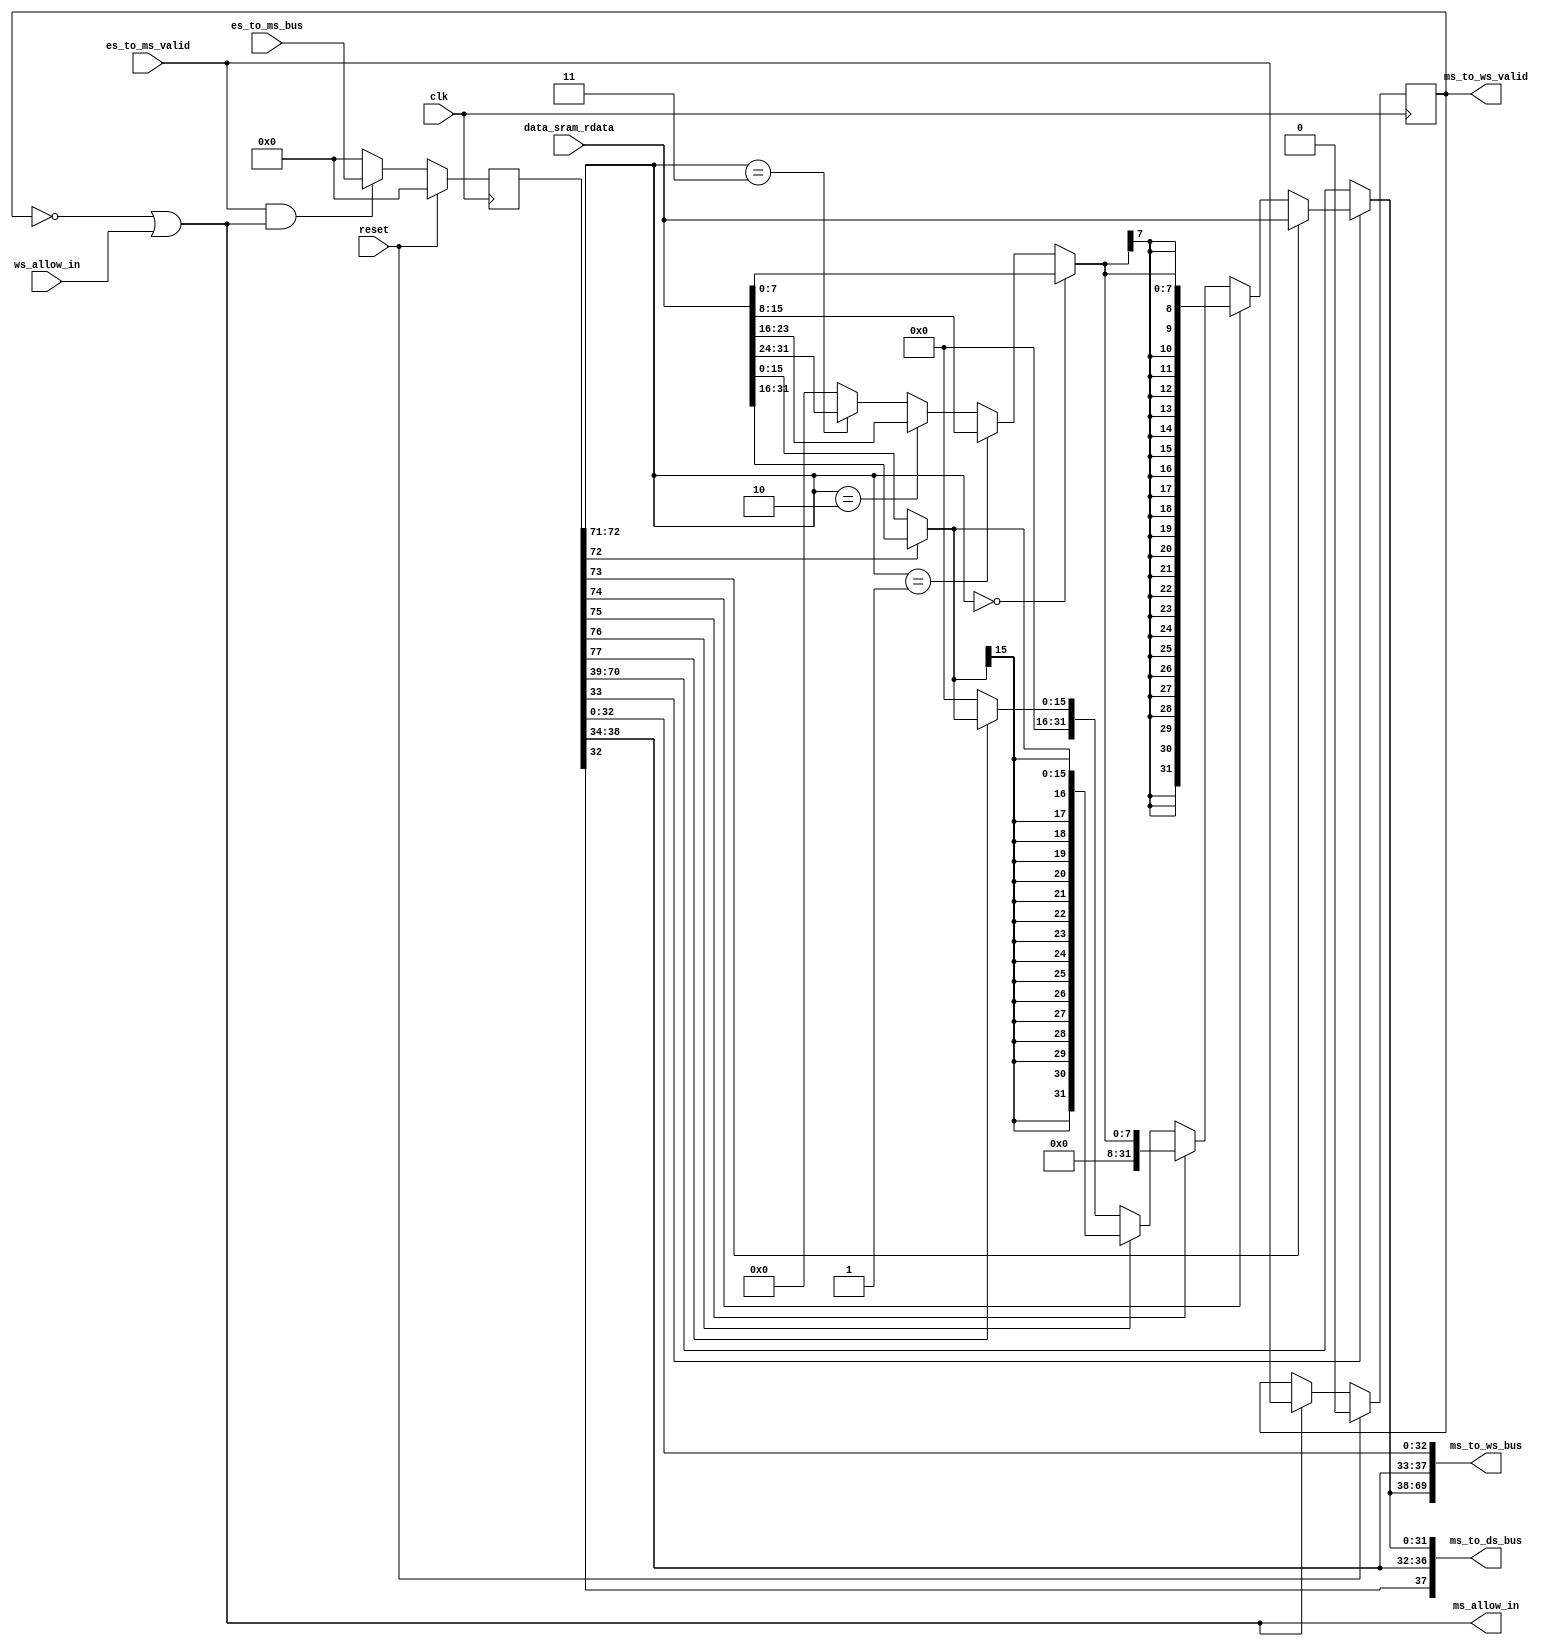
`define WIDTH_BR_BUS       34
`define WIDTH_FS_TO_DS_BUS 64
`define WIDTH_DS_TO_ES_BUS 164
`define WIDTH_ES_TO_MS_BUS 78
`define WIDTH_MS_TO_WS_BUS 70
`define WIDTH_WS_TO_DS_BUS 38
`define WIDTH_ES_TO_DS_BUS 39
`define WIDTH_MS_TO_DS_BUS 38

module stage4_MEM(
    input clk,
    input reset,

    input ws_allow_in,
    output ms_allow_in,

    input es_to_ms_valid,
    output ms_to_ws_valid,

    input [`WIDTH_ES_TO_MS_BUS-1:0] es_to_ms_bus,
    output [`WIDTH_MS_TO_WS_BUS-1:0] ms_to_ws_bus,
    output [`WIDTH_MS_TO_DS_BUS-1:0] ms_to_ds_bus,
    
    input [31:0] data_sram_rdata
);

/*-----------------------recerive es_to_ms_bus----------------*/
/*
assign es_to_ms_bus[31:0] = es_pc;
assign es_to_ms_bus[32:32] = es_gr_we;
assign es_to_ms_bus[33:33] = es_res_from_mem;
assign es_to_ms_bus[38:34] = es_dest;
assign es_to_ms_bus[70:39] = es_calcu_result;
assign es_to_ms_bus[72:71] = es_unaligned_addr;
assign es_to_ms_bus[77:73] = es_ld_op;
*/

wire [31:0] ms_pc;
wire ms_gr_we;
wire ms_res_from_mem;
wire [4:0] ms_dest;
wire [31:0] ms_alu_result;
wire [1:0] ms_unaligned_addr;
wire [4:0] ms_ld_op;

reg [`WIDTH_ES_TO_MS_BUS-1:0] es_to_ms_bus_reg;
always @(posedge clk)
    begin
        if(reset)
            es_to_ms_bus_reg <= 0;
        else if(es_to_ms_valid && ms_allow_in)
            es_to_ms_bus_reg <= es_to_ms_bus;
        else
            es_to_ms_bus_reg <= 0;
    end 

assign {ms_ld_op, ms_unaligned_addr, ms_alu_result, ms_dest,
        ms_res_from_mem, ms_gr_we, ms_pc} = es_to_ms_bus_reg;

/*-------------------------------------------------------*/

/*----------------------deliver es_to_ws_bus-----------------*/
wire [31:0] mem_result;
wire [7:0] mem_byte;
wire [15:0] mem_word;
/* ld_op = (one hot)
* 5'b00001 ld_w
* 5'b00010 ld_b
* 5'b00100 ld_bu
* 5'b01000 ld_h
* 5'b10000 ld_hu
*/
assign mem_byte = (ms_unaligned_addr==2'b00) ? data_sram_rdata[7:0] :
                  (ms_unaligned_addr==2'b01) ? data_sram_rdata[15:8] : 
                  (ms_unaligned_addr==2'b10) ? data_sram_rdata[23:16] :
                  (ms_unaligned_addr==2'b11) ? data_sram_rdata[31:24] : 8'b0;

assign mem_word = ms_unaligned_addr[1] ? data_sram_rdata[31:16] : data_sram_rdata[15:0];

assign mem_result = ms_ld_op[0] ? data_sram_rdata : 
                    ms_ld_op[1] ? {{24{mem_byte[7]}},mem_byte} :
                    ms_ld_op[2] ? {24'b0,mem_byte} : 
                    ms_ld_op[3] ? {{16{mem_word[15]}},mem_word} :
                    ms_ld_op[4] ? {16'b0,mem_word} : 32'b0;

wire [31:0] ms_final_result;
assign ms_final_result = ms_res_from_mem? mem_result : ms_alu_result;

assign ms_to_ws_bus[31:0]  = ms_pc;
assign ms_to_ws_bus[32:32] = ms_gr_we;
assign ms_to_ws_bus[37:33] = ms_dest;
assign ms_to_ws_bus[69:38] = ms_final_result;
/*-------------------------------------------------------*/

/*--------------------------valid------------------------*/
reg ms_valid;    

wire ms_ready_go;
assign ms_ready_go = 1'b1;
assign ms_allow_in = !ms_valid || ms_ready_go && ws_allow_in;
assign ms_to_ws_valid = ms_valid && ms_ready_go;

always @(posedge clk)
    begin
        if(reset)
            ms_valid <= 1'b0;
        else if(ms_allow_in)
            ms_valid <= es_to_ms_valid;
    end

/*-------------------------------------------------------*/

/*--------------------?s_to_ds_bus-------------------*/
assign ms_to_ds_bus = {ms_gr_we,ms_dest,ms_final_result};
/*-------------------------------------------------------*/

endmodule